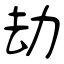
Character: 劫